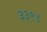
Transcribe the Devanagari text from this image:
३३९४